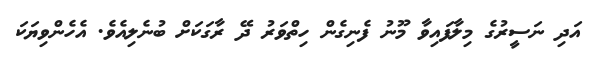
އަދި ނަސީރުގެ މިލާފައިވާ މޫނު ފެނިގެން ހިތްވަރު ދޭ ރާގަކަށް ބުނެލިއެވެ. އެހެންވިޔަކަ